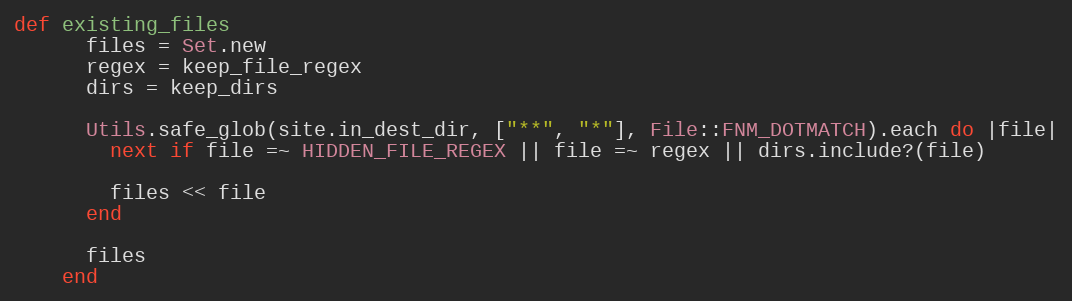
Language: Ruby
def existing_files
      files = Set.new
      regex = keep_file_regex
      dirs = keep_dirs

      Utils.safe_glob(site.in_dest_dir, ["**", "*"], File::FNM_DOTMATCH).each do |file|
        next if file =~ HIDDEN_FILE_REGEX || file =~ regex || dirs.include?(file)

        files << file
      end

      files
    end